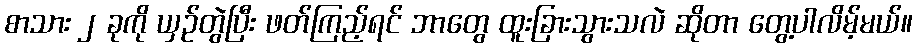
စာသား ၂ ခုကို ယှဉ်တွဲပြီး ဖတ်ကြည့်ရင် ဘာတွေ ထူးခြားသွားသလဲ ဆိုတာ တွေ့ပါလိမ့်မယ်။